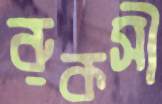
রুকসী